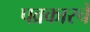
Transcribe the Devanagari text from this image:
पव्रकारचे